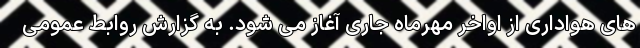
های هواداری از اواخر مهرماه جاری آغاز می شود. به گزارش روابط عمومی